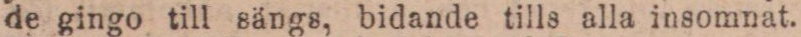
de gingo till sängs, bidande tills alla insomnat.